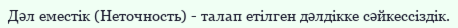
Дәл еместік (Неточность) - талап етілген дәлдікке сәйкессіздік.